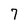
Character: 7